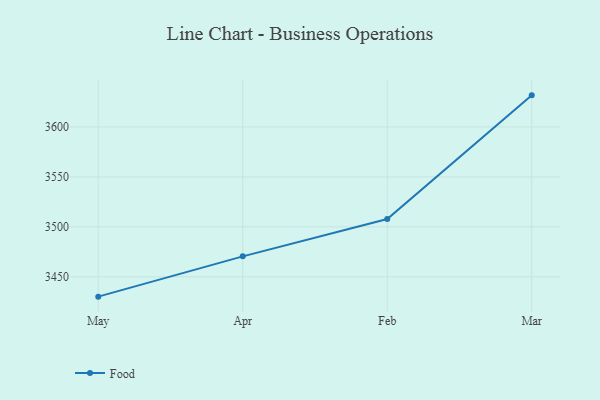
{"axis": {"x": "Month", "y": "Churn Rate (%)"}, "legend": ["Food"], "data": [{"x": "May", "y": 3430.2, "type": "Food"}, {"x": "Apr", "y": 3470.5, "type": "Food"}, {"x": "Feb", "y": 3507.8, "type": "Food"}, {"x": "Mar", "y": 3631.6, "type": "Food"}]}